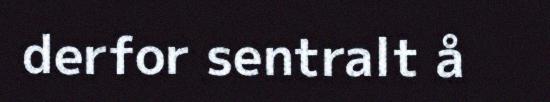
derfor sentralt å